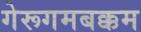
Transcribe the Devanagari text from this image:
गेरूगमबक्कम